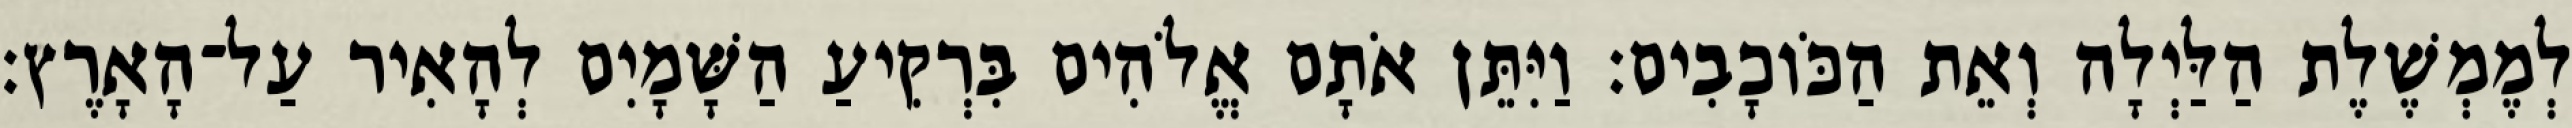
לְמֶמְשֶׁלֶת הַלַּיְלָה וְאֵת הַכֹּוכָבִים׃ וַיִּתֵּן אֹתָם אֱלֹהִים בִּרְקִיעַ הַשָּׁמָיִם לְהָאִיר עַל־הָאָרֶץ׃